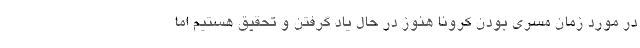
در مورد زمان مسری بودن کرونا هنوز در حال یاد گرفتن و تحقیق هستیم اما